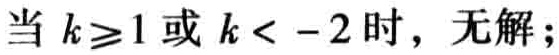
当 \(k\geqslant1\) 或 \(k < -2\) 时，无解；